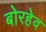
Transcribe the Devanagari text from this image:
बोरहेव